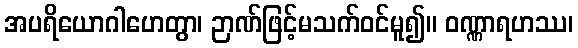
အပရိယောဂါဟေတွာ၊ ဉာဏ်ဖြင့်မသက်ဝင်မူ၍။ ဝဏ္ဏာရဟဿ၊